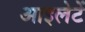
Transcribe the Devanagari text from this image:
आइलेटें